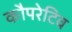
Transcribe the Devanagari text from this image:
कौपरेटिव